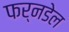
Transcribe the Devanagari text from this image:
फर्नडेल